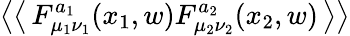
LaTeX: \left<\left<\, F_{\mu_{1}\nu_{1}}^{a_{1}}(x_{1},w)F_{\mu_{2}\nu_{2}}^{a_{2}}(x_{2},w)\, \right>\right>